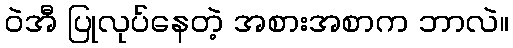
ဝဲအီ ပြုလုပ်နေတဲ့ အစားအစာက ဘာလဲ။